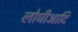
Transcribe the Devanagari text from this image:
लोधीआदि